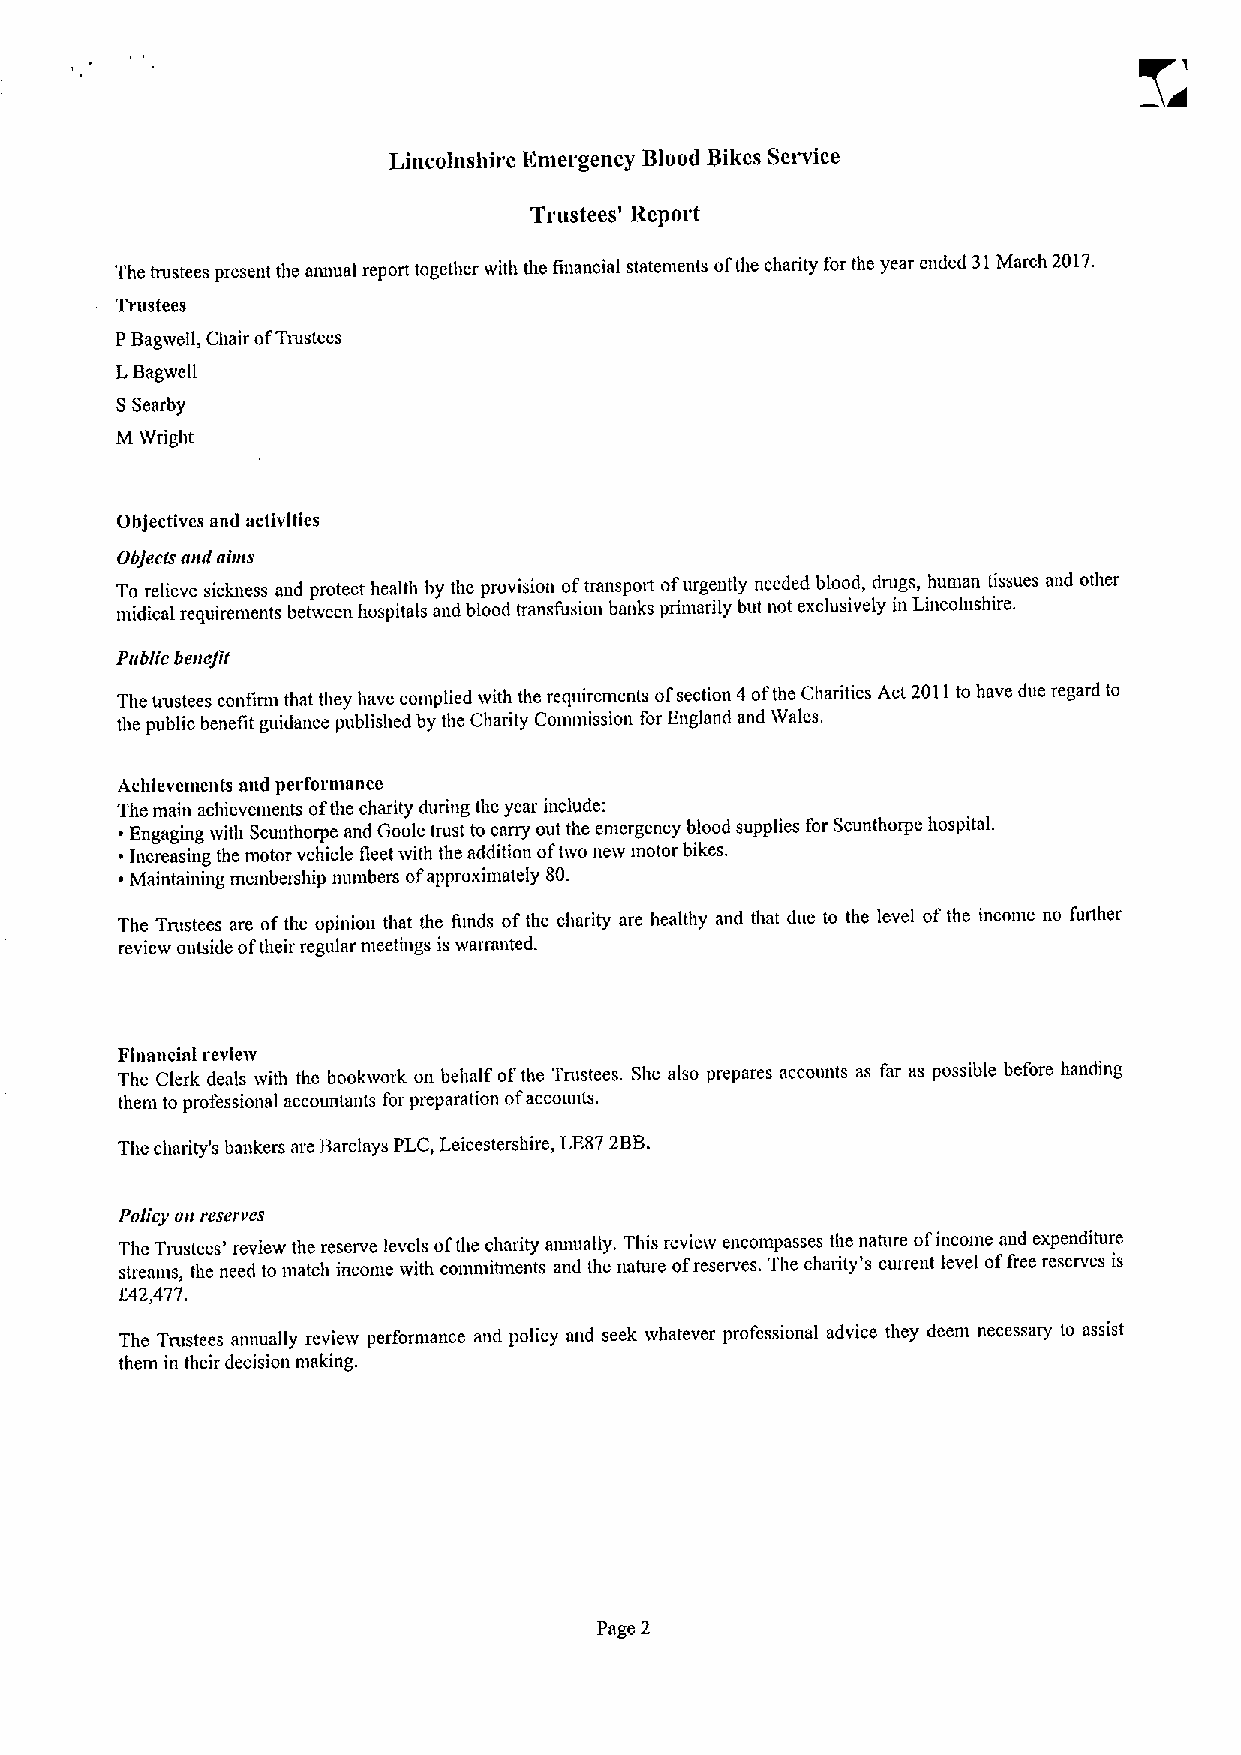
Lincolnshire Emergency Blood Blkes Service
 Trustees' Report
 The trustees present the annual report together with the financial statements ofthe charity for the year ended 31March 2017.
 Trustees
 PBagwell, Clmir ofTmstees
 LBagwcll
 SSearby
 MWright
 Objectives and activities
 Objects mid nims
 To relieve sickness and protect health by the provision oftransport ofurgently needed blood, drugs, human tissues and other
 midical requirements between hospitals and blood transfusion banks primarily but not exclusively in Lincolnshire.
 Pnbiic benefit
 The trustees confirm that they have complied with the requirements ofsection 4ofthe Charities Act 2011to have due regard to
 the public benefit guidance published by the Charity Commission for England mid Wales.
 Achievcmcnts and performance
 The main achievements ofthe charity during the year include:
 ' Engaging with Scunthorpe and Goole trust to carry out the emergency blood supplies for Scunthorpe hospital.
 Increasing the motor vehicle fleet ivith the addition oftwo neiv motor hikes.
 ~ Maintaining membemhip nunibers ofapproximately 80.
 The Tnistees are ofthe opinion that the funds ofthe charity are healthy and that due to the level ofthe income no further
 review outside oftheir regular meetings is wan anted.
 Financial revleiv
 The Clerk deals ivith the bookwork on behalf ofthe Trustees. She also prepares accounts as far as possible before handing
 thein to professional accountants for preparation ofaccounts.
 The charity's bankers are Barclays PLC, Leicestershire, LE872BB.
 Policy on rcscrvcs
 Thc Tnistees' review the reserve levels ofthe charity annually. This revieiv encompasses the nature ofincome aud expenditure
 streams, the need to match income with conmiinnents and the nature ofreserves. The charity's current level offree reserves is
 f 42,477.
 The Trustees annually review performance and policy and seek whatever professional advice they deem necessary to assist
 them in their decision making.
 Page 2